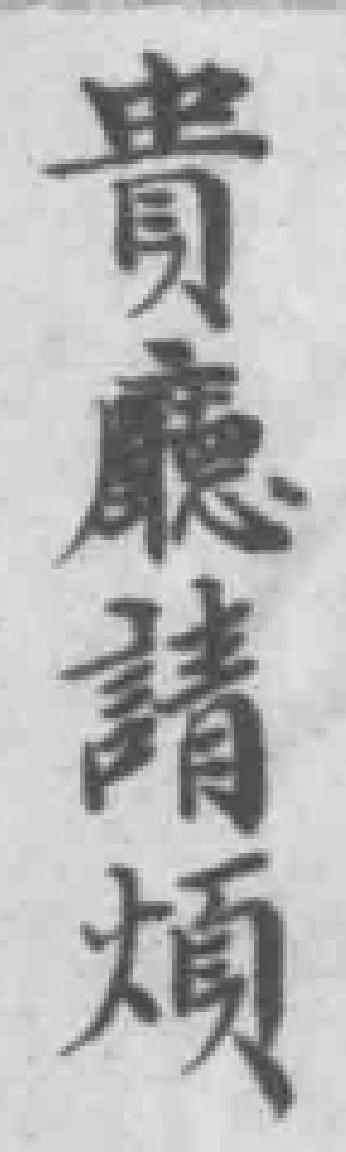
貴廳請煩